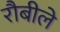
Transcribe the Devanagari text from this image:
रौबीले